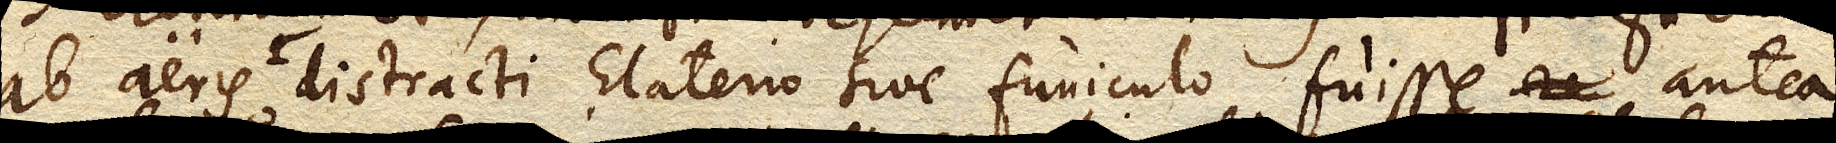
ab aeris distracti Elaterio sive funiculo fuisse antea